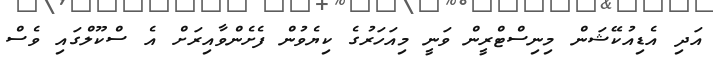
އަދި އެޑިއުކޭޝަން މިނިސްޓްރީން ވަނީ މިއަހަރުގެ ކިޔެވުން ފެށެންވާއިރަށް އެ ސްކޫލްގައި ވެސް